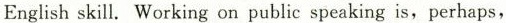
English skill. Working on public speaking is,perhaps,